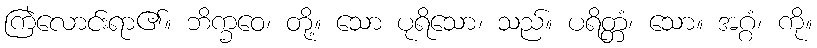
ကြဲလောင်းရာ၏။ ဘိက္ခဝေ၊ တို့။ သော ပုရိသော၊ သည်။ ပရိတ္တံ၊ သော။ အဂ္ဂံ၊ ကို။